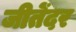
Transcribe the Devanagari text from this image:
जीतेंदर